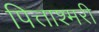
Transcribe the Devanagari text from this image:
पित्ताश्मरी